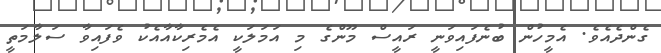
ގެންދެއެވެ. އެމީހުން ބުނެފައިވަނީ ރައީސް މޫންގެ މި އަމަލަކީ އެމެރިކާއާއެކު ވެފައިވާ ސަލާމަތީ